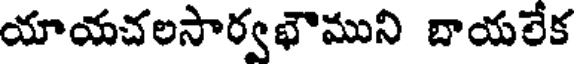
యాయచలసార్వభౌముని బాయలేక